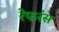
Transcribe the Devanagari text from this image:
रेफरंस